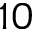
1 0